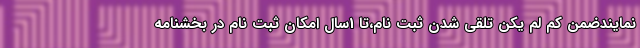
نمايندضمن كم لم يكن تلقي شدن ثبت نام،تا 1سال امكان ثبت نام در بخشنامه